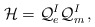
\begin{align*}{\cal H} = {\cal Q}_{e}^{I}{\cal Q}_{m}^{I}\, ,\end{align*}